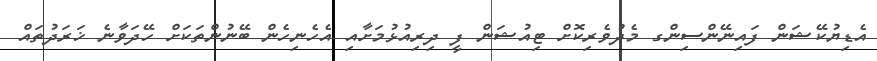
އެޑިޔުކޭޝަން ފައިނޭންސިންގ މެދުވެރިކޮށް ޓިއުޝަން ފީ ދިިރިއުޅުމަށާއި އެހެނިހެން ބޭނުންތަކަށް ހޭދަވާނެ ޚަރަދުތައް